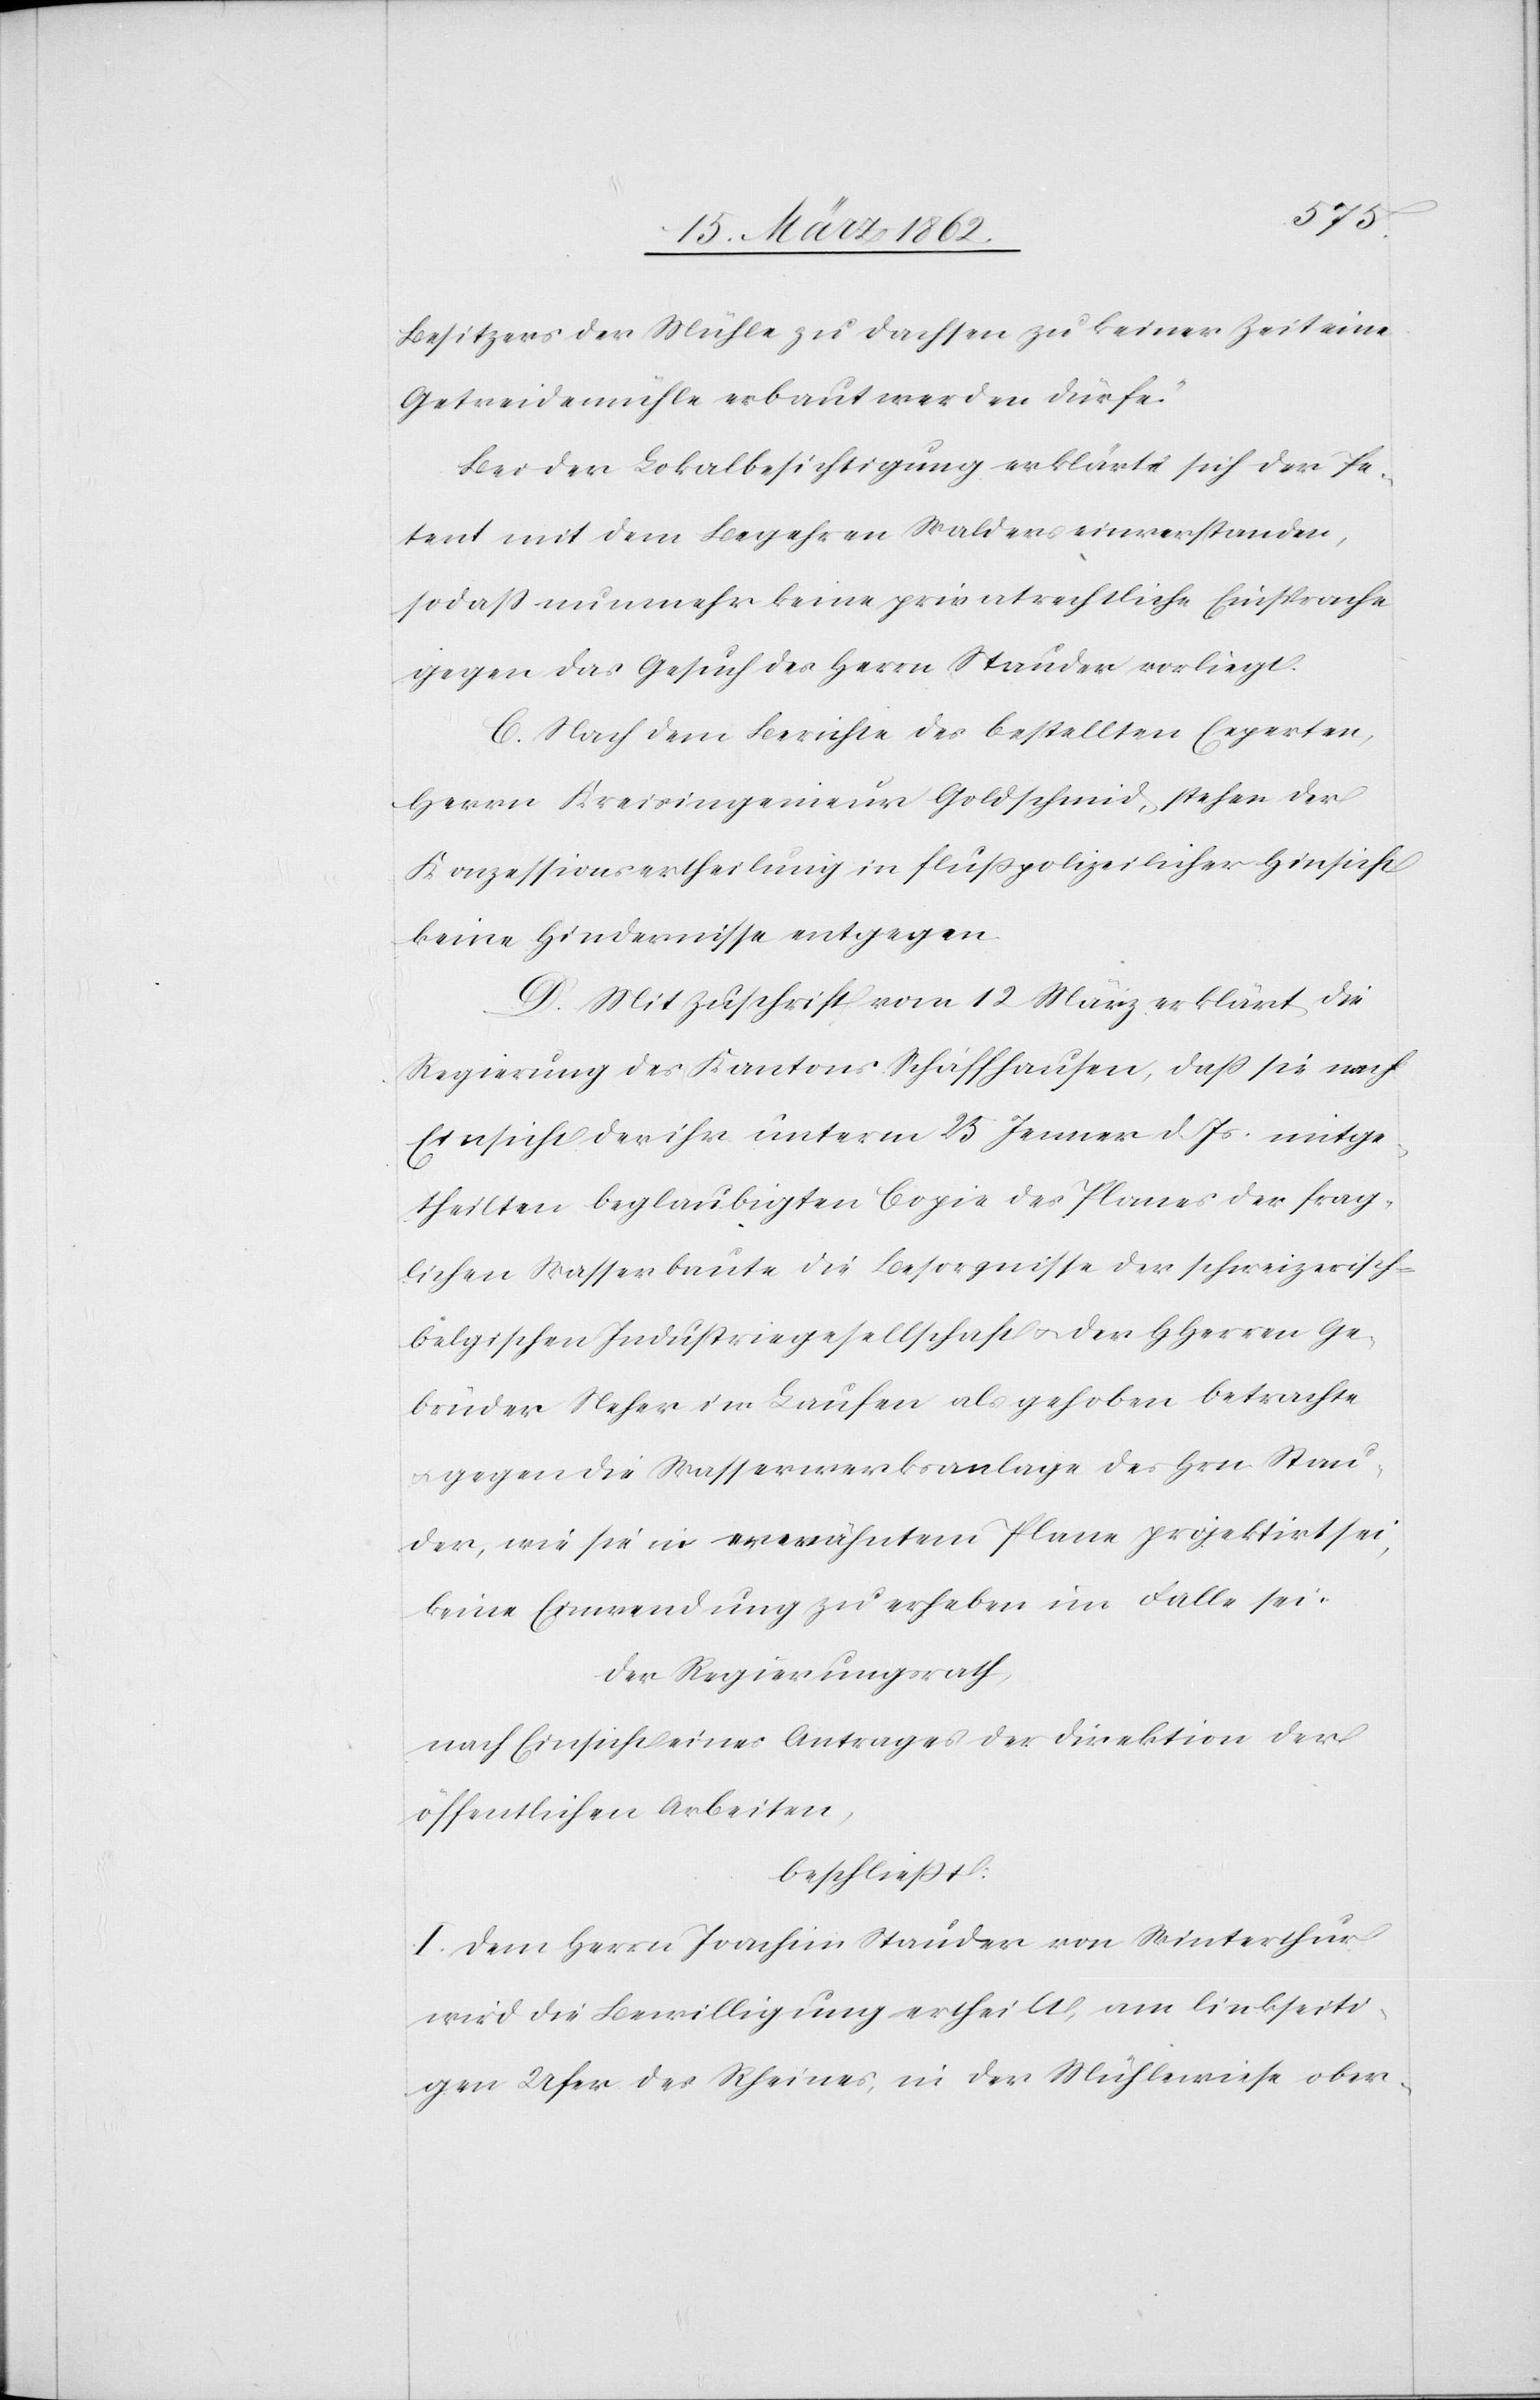
Besitzers der Mühle zu Dachsen zu keiner Zeit eine
Getreidemühle erbaut werden dürfe.“
Bei der Lokalbesichtigung erklärt sich der Pe¬
tent mit dem Begehren Walders einverstanden,
so daß nunmehr keine privatrechtliche Einsprache
gegen das Gesuch des Herrn Stauder vorliegt.
C. Nach dem Berichte des bestellten Experten,
Herrn Kreisingenieur Goldschmid, stehen der
Konzessionsertheilung in flußpolizeilicher Hinsicht
keine Hindernisse entgegen.
D. Mit Zuschrift vom 12 März erklärt die
Regierung des Kantons Schaffhausen, daß sie nach
Einsicht der ihr unterm 25 Jenner d. Js. mitge¬
theilten beglaubigten Copie des Planes der frag¬
lichen Wasserbaute die Besorgnisse der schweizerisch-b¬
elgischen Industriegesellschaft u. der HHerren Ge¬
brüder Neher in Laufen als gehoben betrachte
u. gegen die Wasserwerksanlage des Hrn Stau¬
der, wie sie in erwähntem Plane projektirt sei,
keine Einwendung zu erheben im Falle sei.
Der Regierungsrath,
nach Einsicht eines Antrages der Direktion der
öffentlichen Arbeiten,
beschließt:
I. Dem Herrn Joachim Stauder von Winterthur
wird die Bewilligung ertheilt, am linkseiti¬
gen Ufer des Rheines, in der Mühlewiese ober-